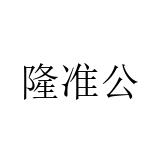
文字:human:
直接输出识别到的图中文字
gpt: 隆准公